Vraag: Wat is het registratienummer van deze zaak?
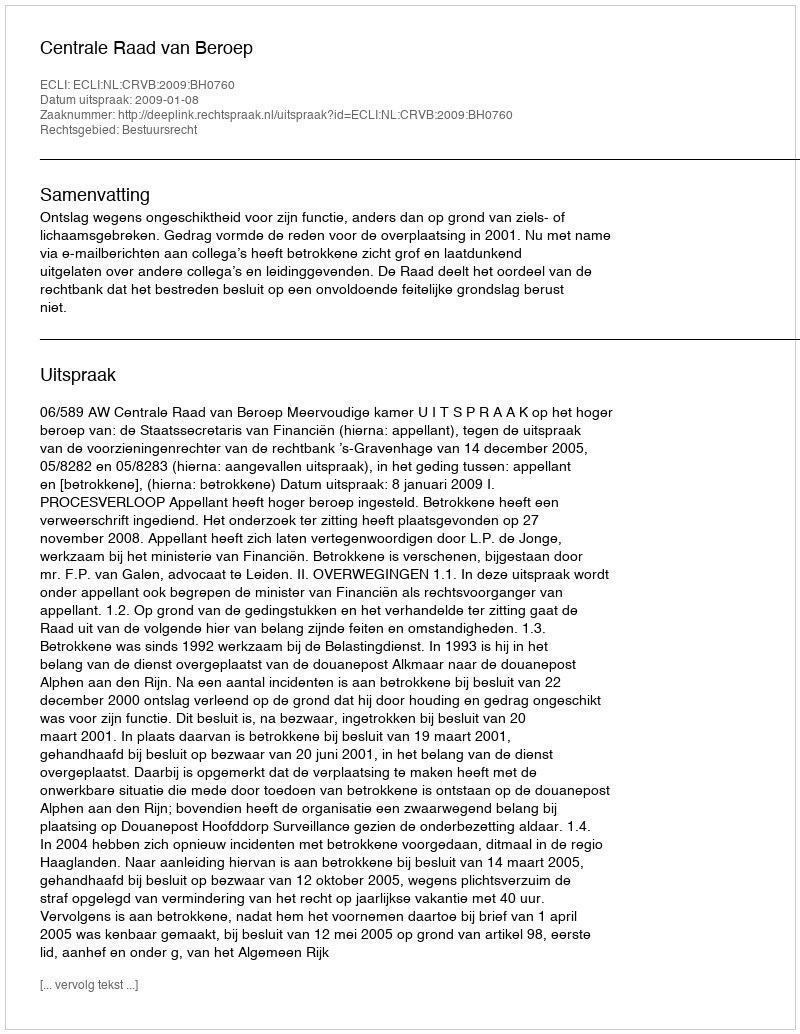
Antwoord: http://deeplink.rechtspraak.nl/uitspraak?id=ECLI:NL:CRVB:2009:BH0760